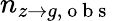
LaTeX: n_{z\to g,\mathrm{~o~b~s~}}